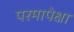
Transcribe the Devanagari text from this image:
परमापेक्षा